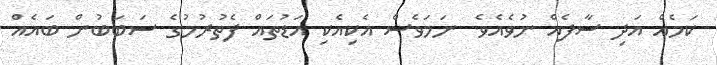
ކަމެއް އަދި ސާފެއް ނުވެއެވެ. ނަމަވެސް އެކިއެކި އަޑުތައް ފެތުރުމުގެ ސަބަބުން ބައެއް